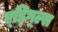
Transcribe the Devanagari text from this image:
ए्ड्गि्ल्स